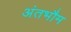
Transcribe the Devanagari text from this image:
अंतभौम